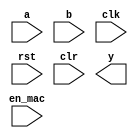
`timescale 1ns / 1ps
//////////////////////////////////////////////////////////////////////////////////
// Company: 
// Engineer: 
// 
// Design Name: 
// Module Name: Mac_multiplier
// Project Name: 
// Target Devices: 
// Tool Versions: 
// Description: 
// 
// Dependencies: 
// 
// Revision:
// Revision 0.01 - File Created
// Additional Comments:
// 
//////////////////////////////////////////////////////////////////////////////////


module Mac_multiplier(
    input a,
    input b,
    input clk,
    input rst,
    input clr,
    input en_mac,
    output y
    );
endmodule